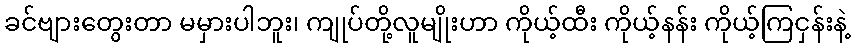
ခင်ဗျားတွေးတာ မမှားပါဘူး၊ ကျုပ်တို့လူမျိုးဟာ ကိုယ့်ထီး ကိုယ့်နန်း ကိုယ့်ကြငှန်းနဲ့